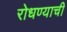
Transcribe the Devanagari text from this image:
रोधण्याची